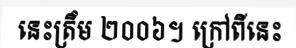
នេះត្រឹម ២០០៦។ ក្រៅពីនេះ